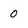
Character: 0